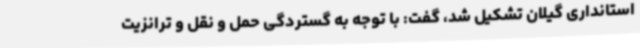
استانداری گیلان تشکیل شد، گفت: با توجه به گستردگی حمل و نقل و ترانزیت